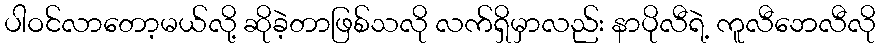
ပါဝင်လာတော့မယ်လို့ ဆိုခဲ့တာဖြစ်သလို လက်ရှိမှာလည်း နာပိုလီရဲ့ ကူလီဘေလီလို